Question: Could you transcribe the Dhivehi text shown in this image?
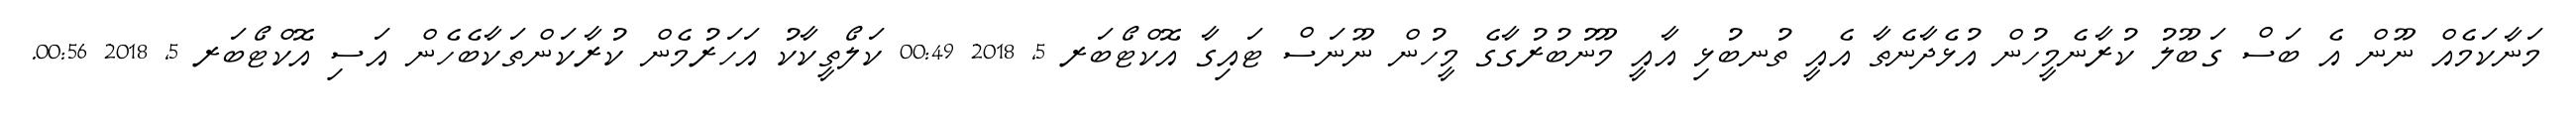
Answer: މަނާކަމެއް ނޫން އެ ބަސް ގަބޫލު ކުރާނެމީހުން އުޅެދާނެތާ އެއީ ތުނބުޅި އާއީ މޫނުބުރުގާގެ މީހުން ނޫނަސް ޓައިގާ އޮކްޓޯބަރ 5, 2018 00:49 ކަލޯތީކާކު އަހަރުމެން ކުރާކަންތަކާބެހެން އަސި އޮކްޓޯބަރ 5, 2018 00:56.